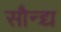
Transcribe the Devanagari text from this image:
सौन्द्र्य